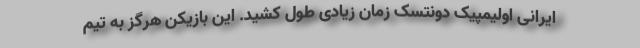
ایرانی اولیمپیک دونتسک زمان زیادی طول کشید. این بازیکن هرگز به تیم